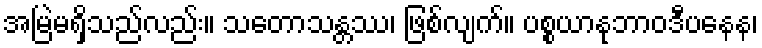
အမြဲမရှိသည်လည်း။ သတောသန္တဿ၊ ဖြစ်လျက်။ ပစ္စယာနုဘာဝဒီပနေန၊